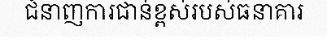
ជំនាញការជាន់ខ្ពស់របស់ធនាគារ